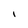
Character: I